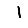
Digit: 1